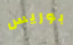
بوريس